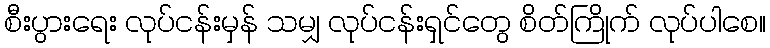
စီးပွားရေး လုပ်ငန်းမှန် သမျှ လုပ်ငန်းရှင်တွေ စိတ်ကြိုက် လုပ်ပါစေ။